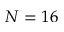
N = 1 6